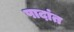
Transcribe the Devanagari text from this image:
पादांत